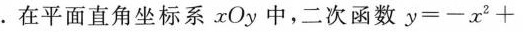
. 在平面直角坐标系 x O y 中，二次函数 $$y = - x ^ { 2 } +